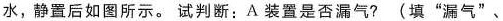
水，静置后如图所示。试判断：A装置是否漏气?(填”漏气”、